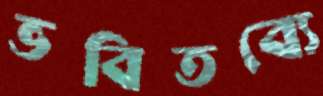
ভবিতব্যে